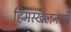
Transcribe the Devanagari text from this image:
हिमस्खलनाची